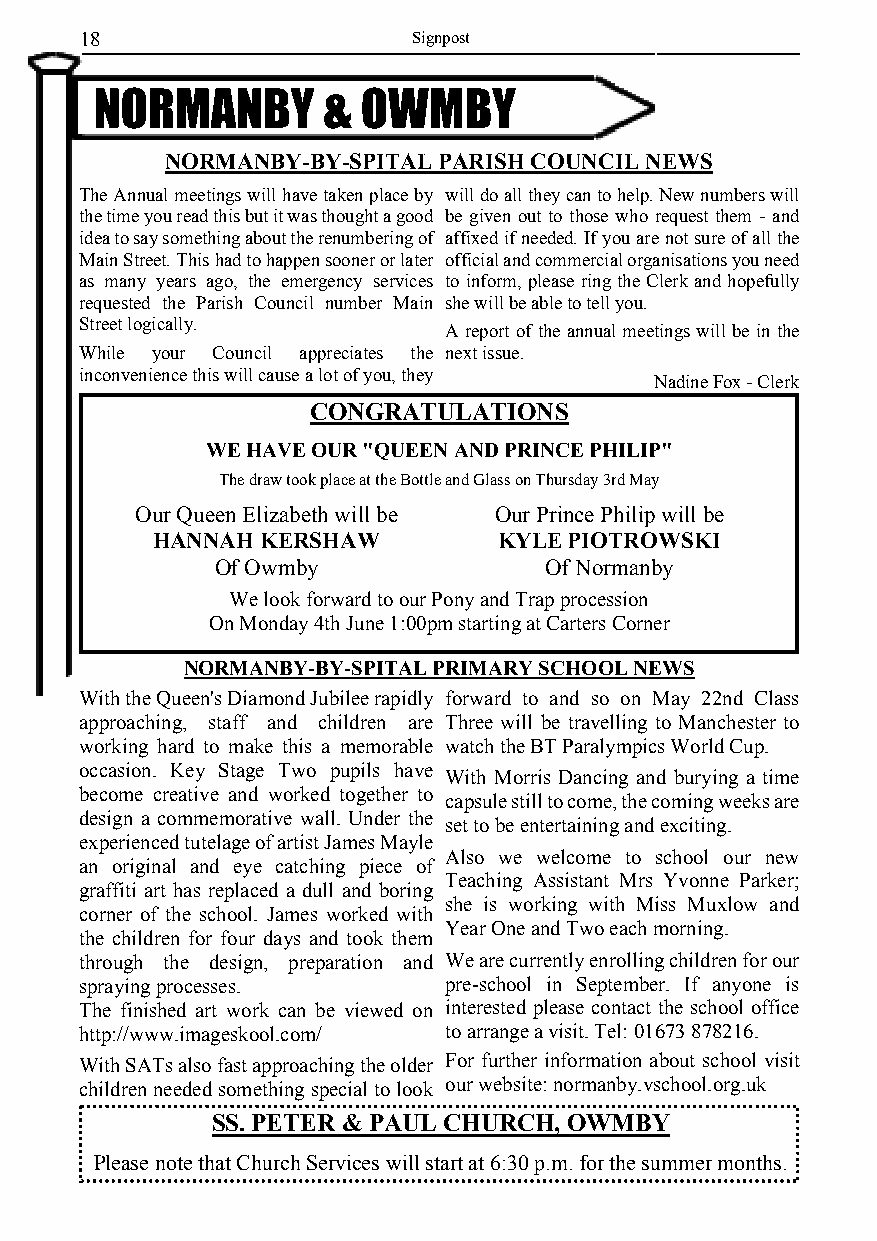
18                    Signpost
 NORMANBY       &  OWMBY
 NORMANBY-BY-SPITAL PARISH COUNCIL NEWS
 The Annual meetings will have taken place by will do all they can to help. New numbers will
 the time you read this but it was thought a good be given out to those who request them - and
 idea to say something about the renumbering of affixed if needed. If you are not sure of all the
 Main Street. This had to happen sooner or later official and commercial organisations you need
 as many years ago, the emergency services to inform, please ring the Clerk and hopefully
 requested the Parish Council number Main she will be able to tell you.
 Street logically.
 A report of the annual meetings will be in the
 While your Council appreciates the next issue.
 inconvenience this will cause a lot of you, they
 Nadine Fox - Clerk
 CONGRATULATIONS
 WE HAVE OUR "QUEEN AND PRINCE PHILIP"
 The draw took place at the Bottle and Glass on Thursday 3rd May
 Our Queen Elizabeth will be Our Prince Philip will be
 HANNAH KERSHAW         KYLE PIOTROWSKI
 Of Owmby              Of Normanby
 We look forward to our Pony and Trap procession
 On Monday 4th June 1:00pm starting at Carters Corner
 NORMANBY-BY-SPITAL PRIMARY SCHOOL NEWS
 With the Queen's Diamond Jubilee rapidly forward to and so on May 22nd Class
 approaching, staff and children are Three will be travelling to Manchester to
 working hard to make this a memorable watch the BT Paralympics World Cup.
 occasion. Key Stage Two pupils have
 With Morris Dancing and burying a time
 become creative and worked together to
 capsule still to come, the coming weeks are
 design a commemorative wall. Under the
 set to be entertaining and exciting.
 experienced tutelage of artist James Mayle
 Also we welcome to school our new
 an original and eye catching piece of
 Teaching Assistant Mrs Yvonne Parker;
 graffiti art has replaced a dull and boring
 she is working with Miss Muxlow and
 corner of the school. James worked with
 Year One and Two each morning.
 the children for four days and took them
 through the design, preparation and We are currently enrolling children for our
 spraying processes.     pre-school in September. If anyone is
 The finished art work can be viewed on interested please contact the school office
 http://www.imageskool.com/ to arrange a visit. Tel: 01673 878216.
 With SATs also fast approaching the older For further information about school visit
 children needed something special to look our website: normanby.vschool.org.uk
 SS. PETER & PAUL CHURCH, OWMBY
 Please note that Church Services will start at 6:30 p.m. for the summer months.